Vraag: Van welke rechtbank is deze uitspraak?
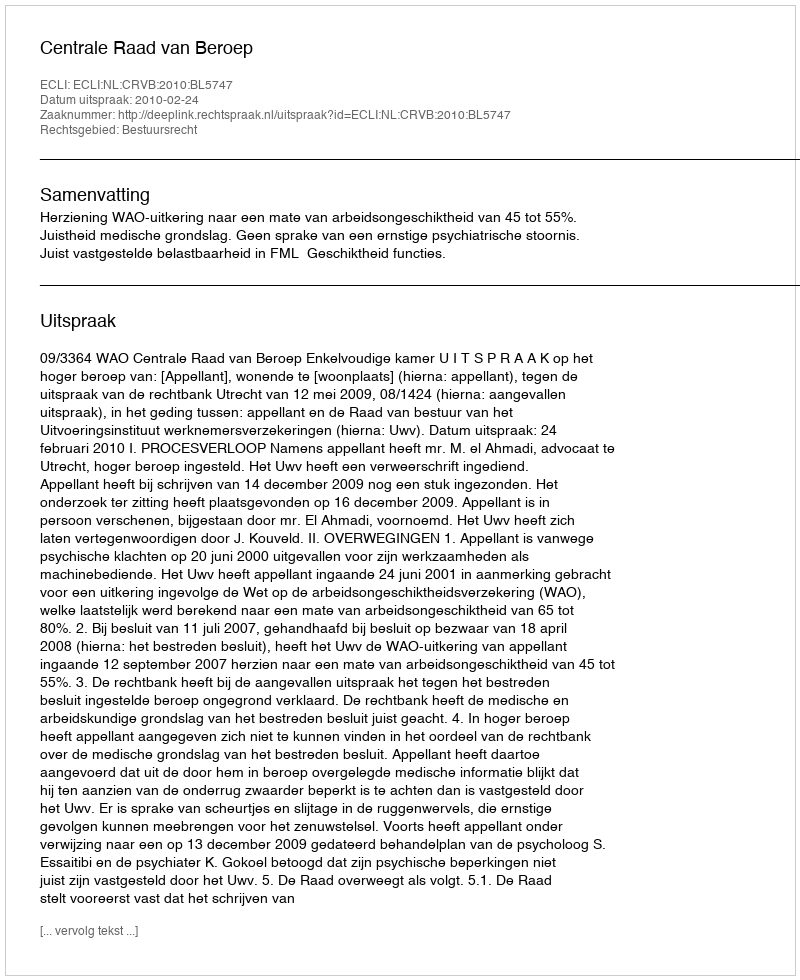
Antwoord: Centrale Raad van Beroep